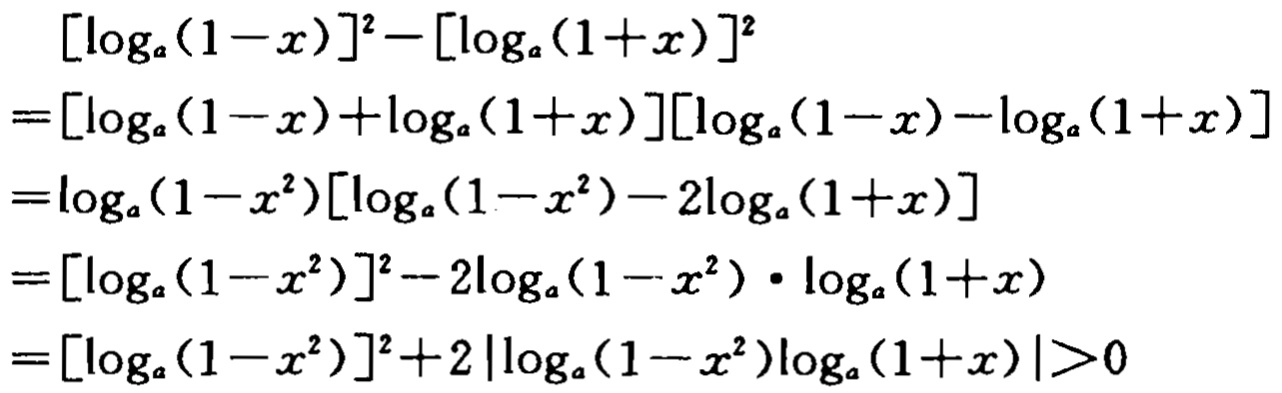
\[
\begin{align*}
&[\log_{a}(1 - x)]^{2}-[\log_{a}(1 + x)]^{2}\\
=&[\log_{a}(1 - x)+\log_{a}(1 + x)][\log_{a}(1 - x)-\log_{a}(1 + x)]\\
=&\log_{a}(1 - x^{2})[\log_{a}(1 - x^{2})-2\log_{a}(1 + x)]\\
=&[\log_{a}(1 - x^{2})]^{2}-2\log_{a}(1 - x^{2})\cdot\log_{a}(1 + x)\\
=&[\log_{a}(1 - x^{2})]^{2}+2|\log_{a}(1 - x^{2})\log_{a}(1 + x)|>0
\end{align*}
\]